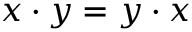
x \cdot y = y \cdot x